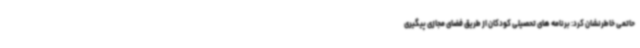
حاتمی خاطرنشان کرد: برنامه های تحصیلی کودکان از طریق فضای مجازی پیگیری